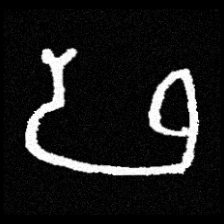
Pyu character \u2014 Myanmar letter: ဖ (romanized: pha)